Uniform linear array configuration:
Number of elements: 16
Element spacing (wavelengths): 0.75
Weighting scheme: hamming
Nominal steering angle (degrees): -30
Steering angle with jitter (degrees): -31.258
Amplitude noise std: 0.05
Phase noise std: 0.05

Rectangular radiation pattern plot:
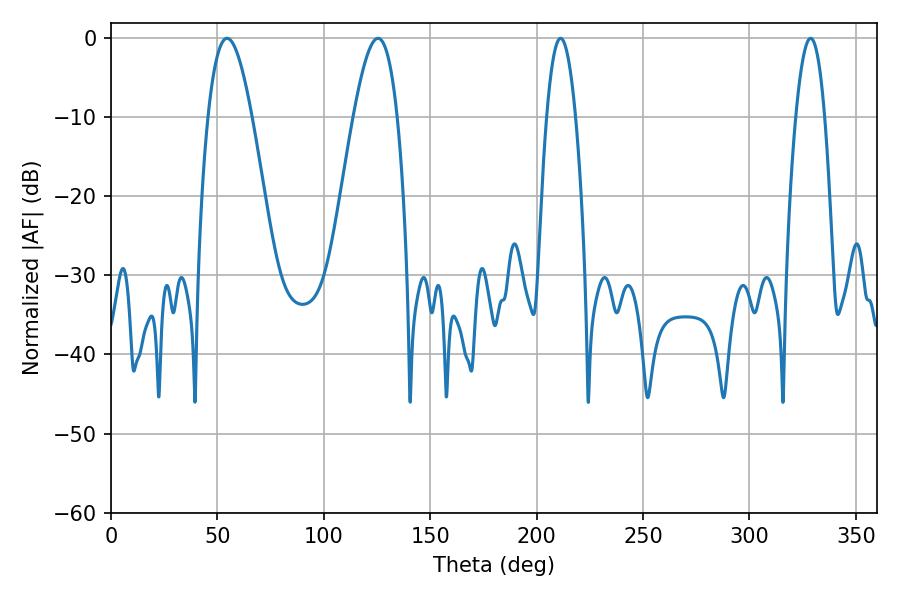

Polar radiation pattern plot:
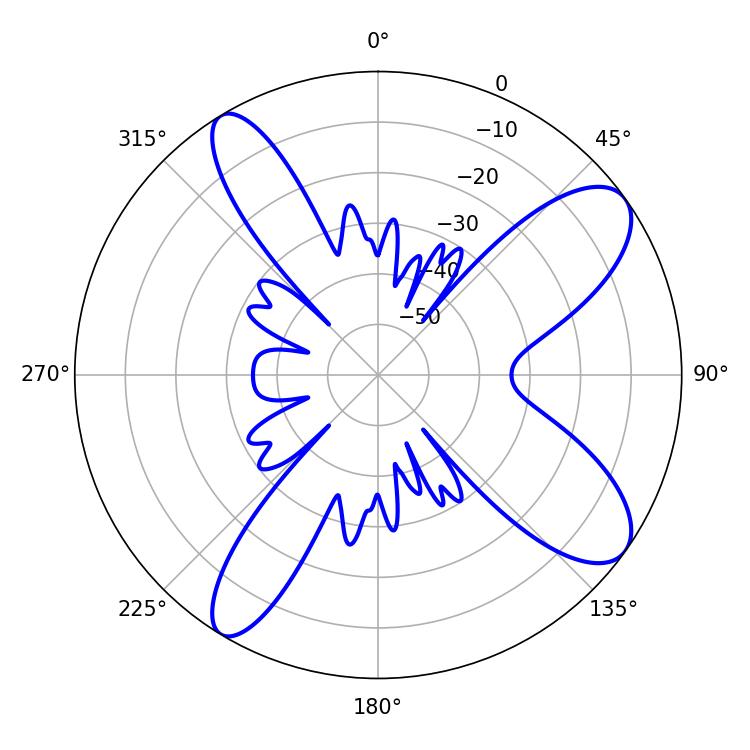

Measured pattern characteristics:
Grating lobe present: TRUE
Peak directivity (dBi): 9.966
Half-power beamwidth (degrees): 11.16
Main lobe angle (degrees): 54.54